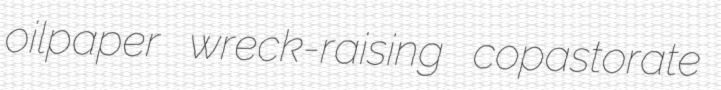
oilpaper wreck-raising copastorate